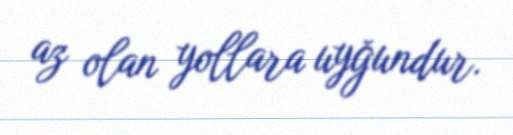
az olan yollara uyğundur.